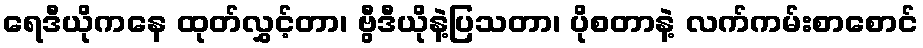
ရေဒီယိုကနေ ထုတ်လွှင့်တာ၊ ဗွီဒီယိုနဲ့ပြသတာ၊ ပိုစတာနဲ့ လက်ကမ်းစာစောင်